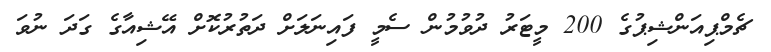
ޗެމްޕިއަންޝިޕުގެ 200 މީޓަރު ދުވުމުން ސެމީ ފައިނަލަށް ދަތުރުކޮށް އޭޝިއާގެ ގަދަ ނުވަ